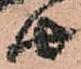
由